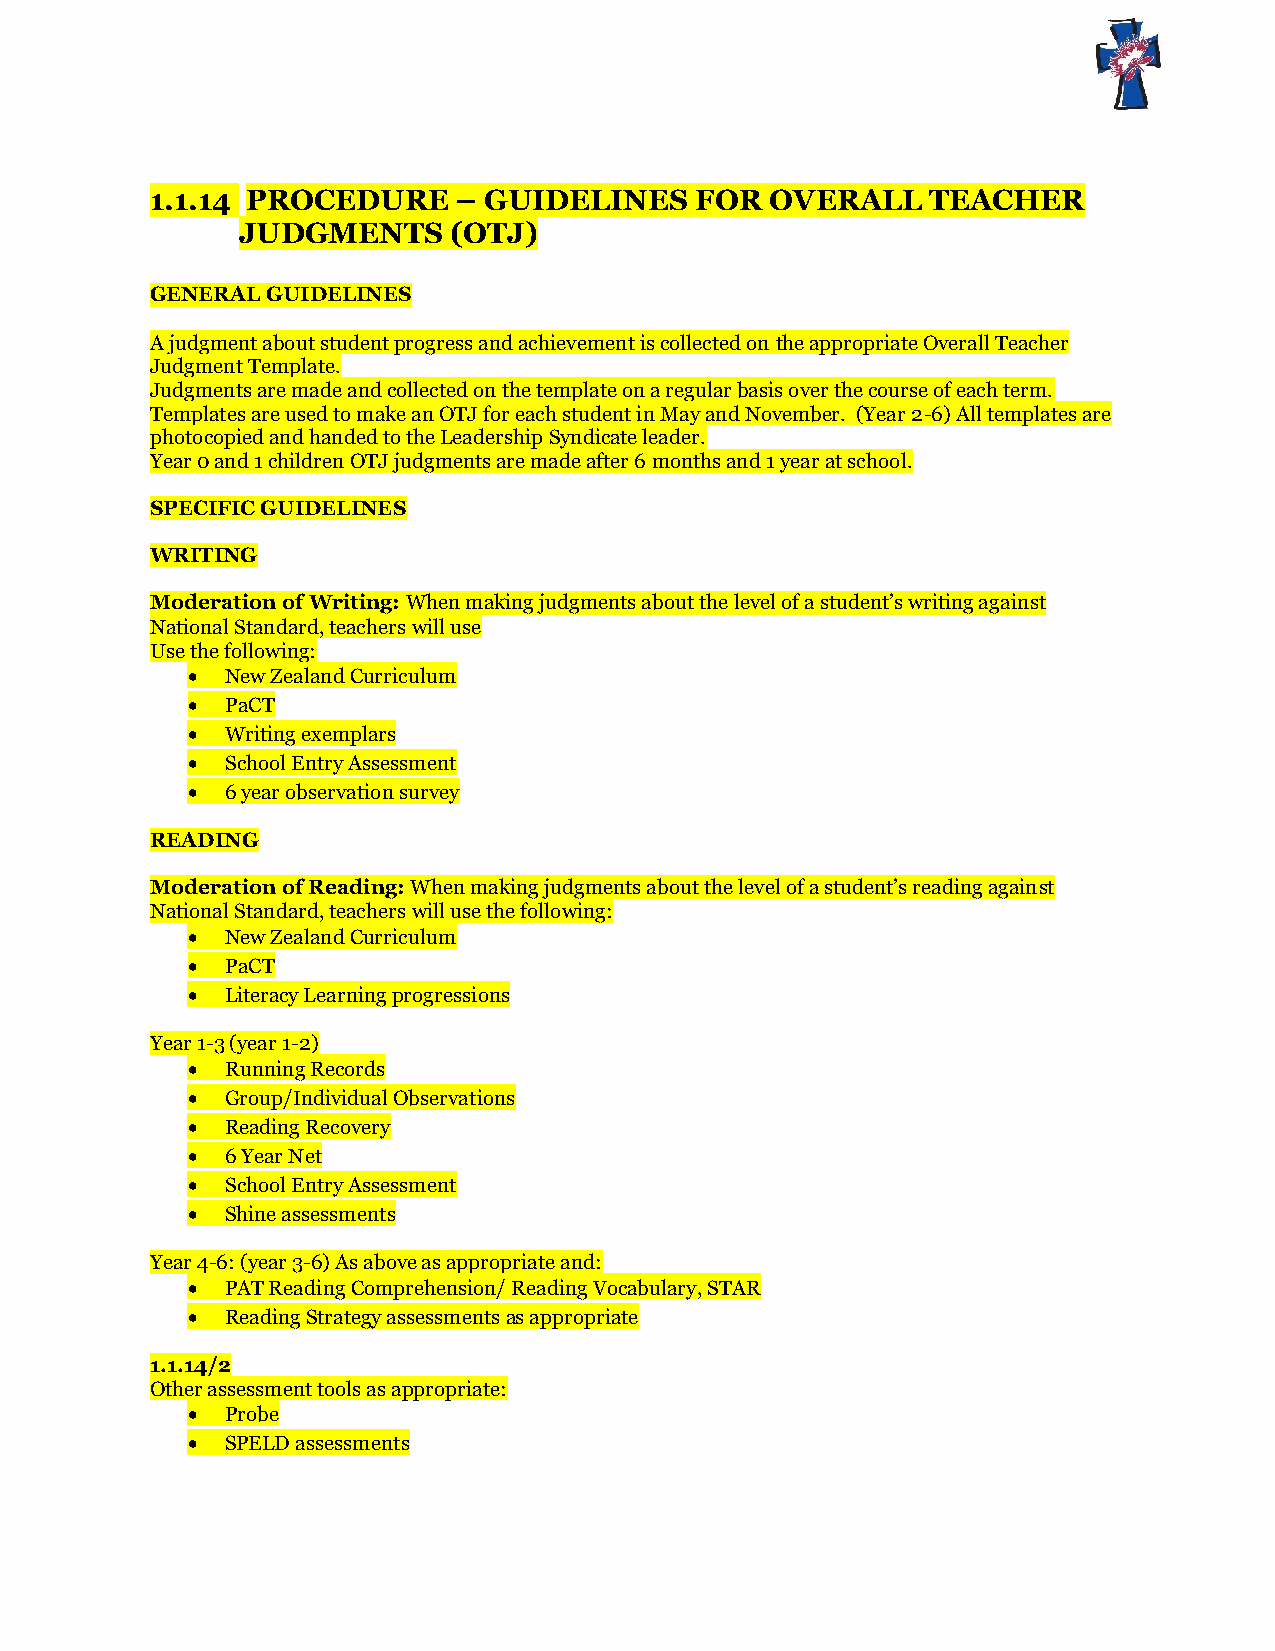
1.1.14 PROCEDURE    – GUIDELINES    FOR  OVERALL    TEACHER
 JUDGMENTS     (OTJ)
 GENERAL GUIDELINES
 A judgment about student progress and achievement is collected on the appropriate Overall Teacher
 Judgment Template.
 Judgments are made and collected on the template on a regular basis over the course of each term.
 Templates are used to make an OTJ for each student in May and November. (Year 2-6) All templates are
 photocopied and handed to the Leadership Syndicate leader.
 Year 0 and 1 children OTJ judgments are made after 6 months and 1 year at school.
 SPECIFIC GUIDELINES
 WRITING
 Moderation of Writing: When making judgments about the level of a student’s writing against
 National Standard, teachers will use
 Use the following:
   New Zealand Curriculum
   PaCT
   Writing exemplars
   School Entry Assessment
   6 year observation survey
 READING
 Moderation of Reading: When making judgments about the level of a student’s reading against
 National Standard, teachers will use the following:
   New Zealand Curriculum
   PaCT
   Literacy Learning progressions
 Year 1-3 (year 1-2)
   Running Records
   Group/Individual Observations
   Reading Recovery
   6 Year Net
   School Entry Assessment
   Shine assessments
 Year 4-6: (year 3-6) As above as appropriate and:
   PAT Reading Comprehension/ Reading Vocabulary, STAR
   Reading Strategy assessments as appropriate
 1.1.14/2
 Other assessment tools as appropriate:
   Probe
   SPELD assessments